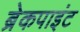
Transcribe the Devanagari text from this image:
ब्रेकपाइंट